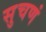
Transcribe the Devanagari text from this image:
सुचणं